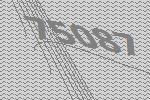
75087